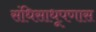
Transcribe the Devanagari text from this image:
संधिसाधूपणास